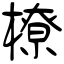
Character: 橑